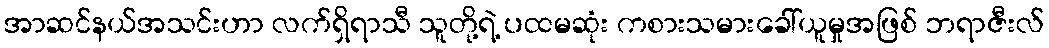
အာဆင်နယ်အသင်းဟာ လက်ရှိရာသီ သူတို့ရဲ့ ပထမဆုံး ကစားသမားခေါ်ယူမှုအဖြစ် ဘရာဇီးလ်